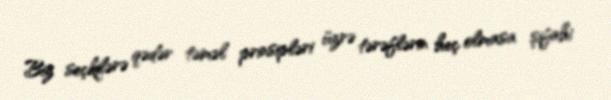
Biz seçkilərə qədər təməl prinsipləri üzrə tərəflərin heç olmasa şifahi